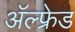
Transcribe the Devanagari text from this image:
अॅल्फ्रेड